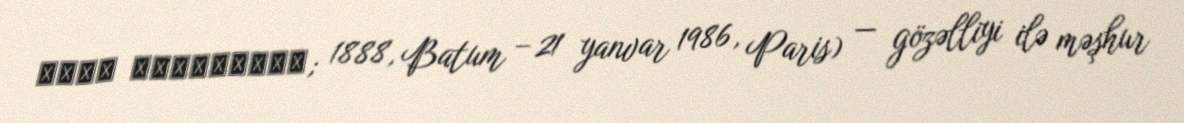
მერი შერვაშიძე; 1888, Batum – 21 yanvar 1986, Paris) — gözəlliyi ilə məşhur